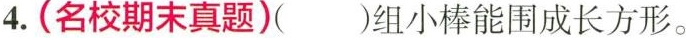
4.(名校期末真题)( )组小棒能围成长方形。